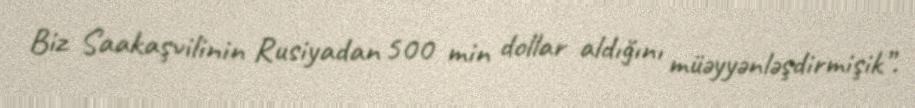
Biz Saakaşvilinin Rusiyadan 500 min dollar aldığını müəyyənləşdirmişik”.